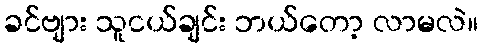
ခင်ဗျား သူငယ်ချင်း ဘယ်တော့ လာမလဲ။